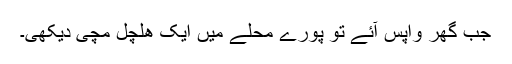
جب گھر واپس آئے تو پورے محلے میں ایک ھلچل مچی دیکھی۔